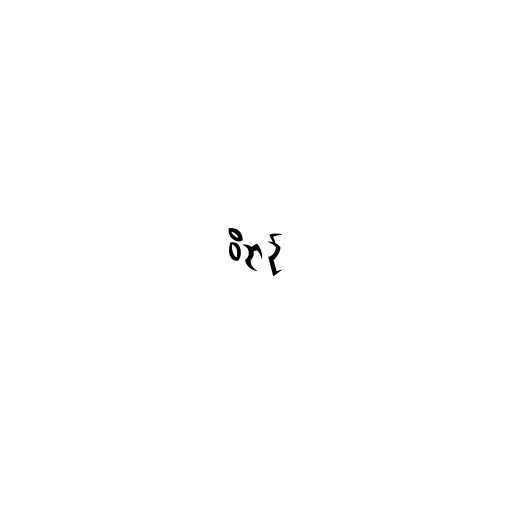
ဝိဉာဥ်